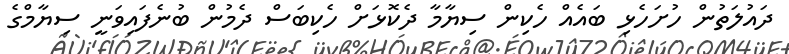
ދައުލަތުން ހުށަހެޅި ބައެއް ހެކިން ސިޔާމާ ދެކޮޅަށް ހެކިބަސް ދެމުން ބުނެފައިވަނީ ސިޔާމްގެ